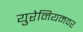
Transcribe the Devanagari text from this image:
युरेनियमवर